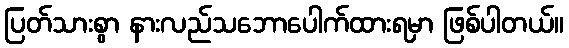
ပြတ်သားစွာ နားလည်သဘောပေါက်ထားရမှာ ဖြစ်ပါတယ်။